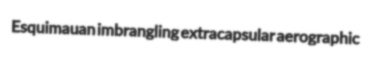
Esquimauan imbrangling extracapsular aerographic